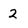
Character: 2